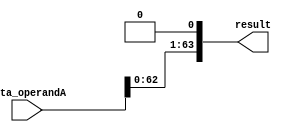
module sll_1_64(result, data_operandA);
	input [63:0] data_operandA;
	wire [63:0] temp;
	output [63:0] result;

	assign temp[0] = 0;

	genvar i;
  	generate
    	for (i = 1 ; i < 64; i = i+1)
    	begin : gen_loop
        	assign temp[i] = data_operandA[i-1];
    	end
  	endgenerate


  assign result = temp;


endmodule